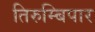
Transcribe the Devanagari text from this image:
तिरुम्बिपार